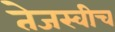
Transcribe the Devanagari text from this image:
तेजस्वीच